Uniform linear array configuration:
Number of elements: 8
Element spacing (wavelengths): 0.25
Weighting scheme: hamming
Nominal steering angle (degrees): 0
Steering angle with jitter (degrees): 1.209
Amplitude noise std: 0.05
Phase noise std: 0.05

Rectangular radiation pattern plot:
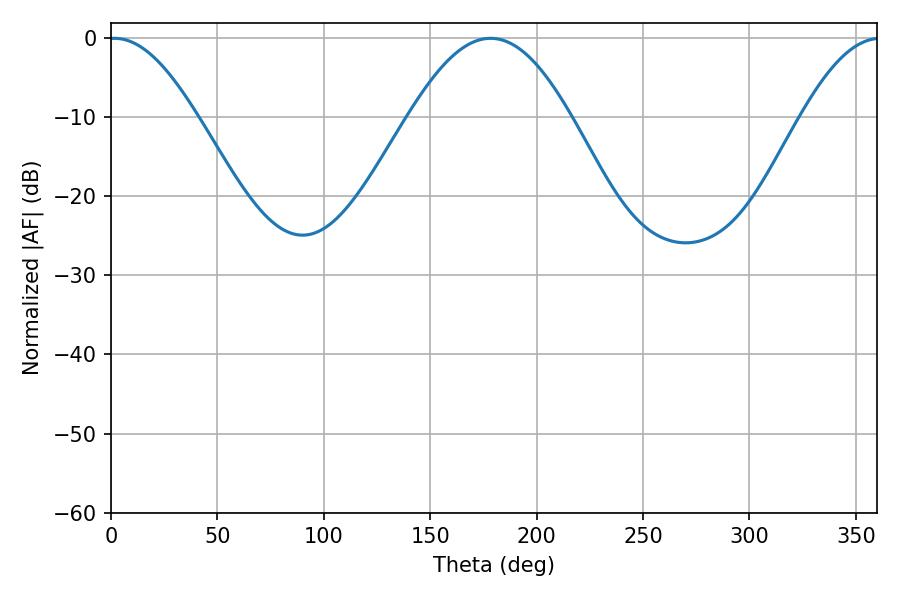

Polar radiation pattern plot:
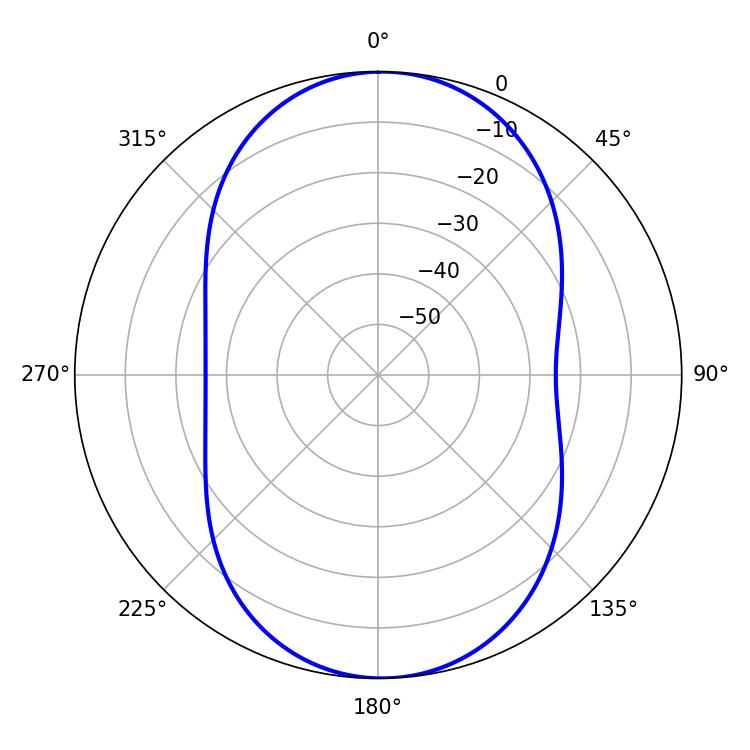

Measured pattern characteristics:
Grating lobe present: FALSE
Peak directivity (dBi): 15.758
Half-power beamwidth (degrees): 22.32
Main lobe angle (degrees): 1.62